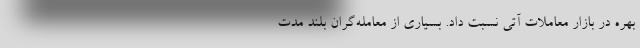
بهره در بازار معاملات آتی نسبت داد. بسیاری از معامله‌گران بلند مدت